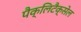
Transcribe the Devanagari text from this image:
पैक्लिटैक्सेल